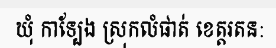
ឃុំ កាទ្បែង ស្រុកលំផាត់ ខេត្តរតន: